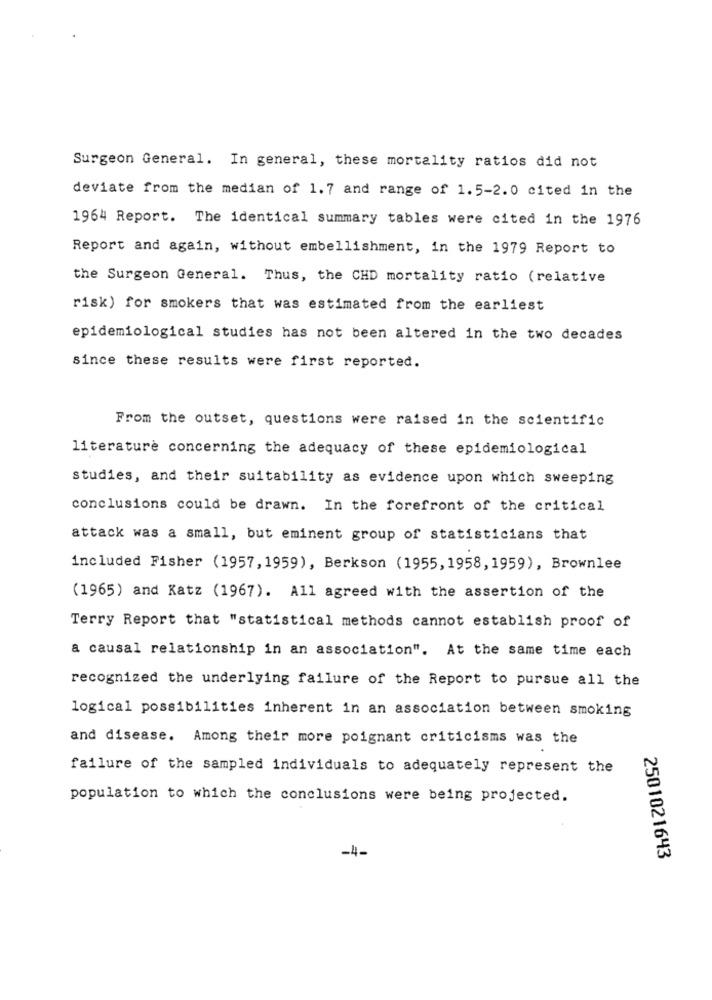
Surgeon General. In general, these mortality ratios did not
deviate from the median of 1.7 and range of 1.5-2.0 cited in the
1964 Report. The identical summary tables were cited in the 1976
Report and again, without embellishment, in the 1979 Report to
the Surgeon General. Thus, the CHD mortality ratio (relative
risk) for smokers that was estimated from the earliest
epidemiological studies has not been altered in the two decades
since these results were first reported.
From the outset, questions were raised in the scientific
literature concerning the adequacy of these epidemiological
studies, and their suitability as evidence upon which sweeping
conclusions could be drawn. In the forefront of the critical
attack was a small, but eminent group of statisticians that
included Fisher (1957, 1959), Berkson (1955, 1958, 1959), Brownlee
(1965) and Katz (1967). All agreed with the assertion of the
Terry Report that "statistical methods cannot establish proof of
a causal relationship in an association". At the same time each
recognized the underlying failure of the Report to pursue all the
logical possibilities inherent in an association between smoking
and disease. Among their more poignant criticisms was the
failure of the sampled individuals to adequately represent the
population to which the conclusions were being projected.
-4-
2501021643